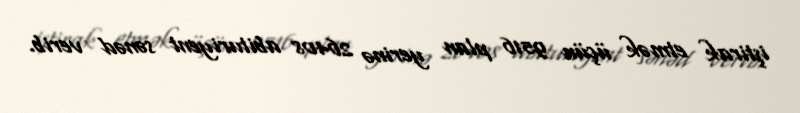
iştirak etmək üçün 9516 plan yerinə 26408 abituriyent sənəd verib.